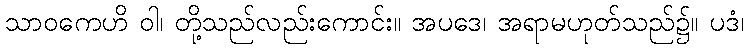
သာဝကေဟိ ဝါ၊ တို့သည်လည်းကောင်း။ အပဒေ၊ အရာမဟုတ်သည်၌။ ပဒံ၊